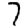
Digit: 7